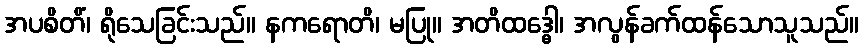
အပစိတိံ၊ ရိုသေခြင်းသည်။ နကရောတိ၊ မပြု။ အတိထဒ္ဓေါ၊ အလွန်ခက်ထန်သောသူသည်။